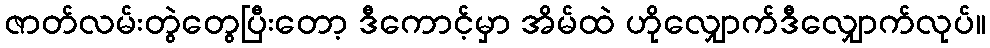
ဇာတ်လမ်းတွဲတွေပြီးတော့ ဒီကောင့်မှာ အိမ်ထဲ ဟိုလျှောက်ဒီလျှောက်လုပ်။